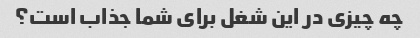
چه چیزی در این شغل برای شما جذاب است؟